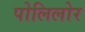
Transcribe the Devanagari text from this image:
पोलिलोर